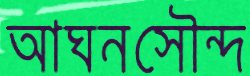
আঘনসৌন্দ